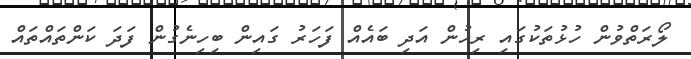
ލޯރަތްވުން ހުޅުތަކުގައި ރިހުން އަދި ބައެއް ފަހަރު ގައިން ބިހިނެގުން ފަދަ ކަންތައްތައް